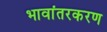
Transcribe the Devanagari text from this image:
भावांतरकरण